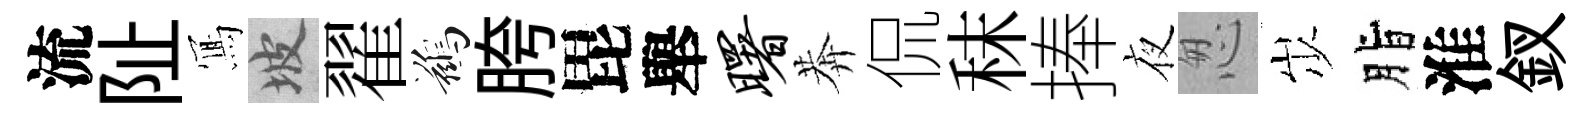
流阯𭂁坡翟鷀胯毘舉曙莾侃秣捧夜怱𡵯脂淮釵